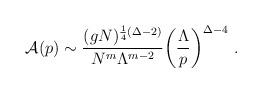
LaTeX: \begin{align*}{\cal A}(p) \sim \frac{(g N)^{\frac{1}{4}( \Delta-2)}} {N^m\Lambda^{m-2}}\biggl(\frac{\Lambda} {p }\biggr)^{\Delta-4}\ . \end{align*}